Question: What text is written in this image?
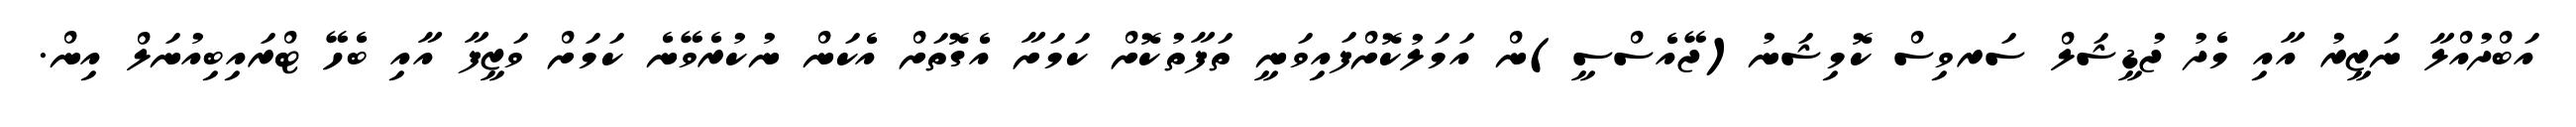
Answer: އަބްދުއްލާ ނަޒީރު އާއި މެދު ޖުޑީޝަލް ސަރވިސް ކޮމިޝަނު(ޖޭއެސްސީ)ން އަމަލުކޮށްފައިވަނީ ތަފާތުކޮށް ކަމަށާ އެގޮތަށް އެކަން ނުކުރެވޭނެ ކަމަށް ވަޒީފާ އާއި ބެހޭ ޓްރައިބިއުނަލް އިން.